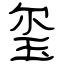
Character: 玺